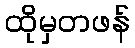
ထိုမှတဖန်